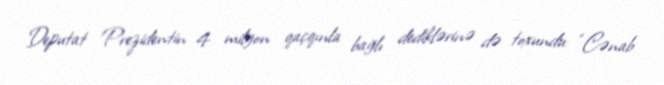
Deputat Prezidentin 4 milyon qaçqınla bağlı dediklərinə də toxundu: “Cənab